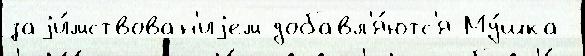
заjи́мствован'иjем добавл'я́ютс'я Му́шка